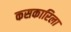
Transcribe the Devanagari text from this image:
कसकारिला